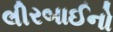
લીરબાઈનો